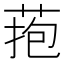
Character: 菢